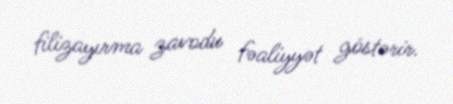
filizayırma zavodu fəaliyyət göstərir.